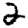
Digit: 2